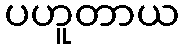
ပဟူတာယ